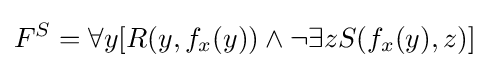
F^{S}=\forall y[R(y,f_{x}(y))\wedge \neg \exists zS(f_{x}(y),z)]